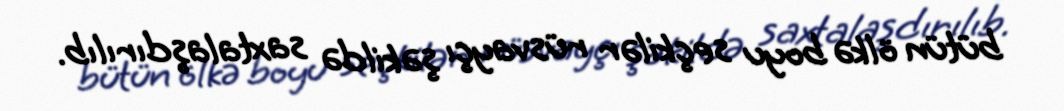
bütün ölkə boyu seçkilər rüsvayçı şəkildə saxtalaşdırılıb.